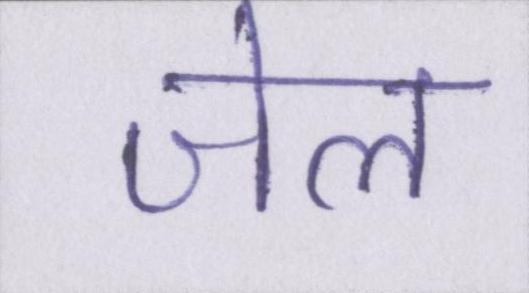
जेल